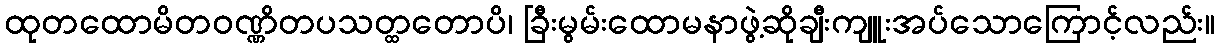
ထုတထောမိတဝဏ္ဏိတပသတ္ထတောပိ၊ ခြီးမွမ်းထောမနာဖွဲ့ဆိုချီးကျူးအပ်သောကြောင့်လည်း။